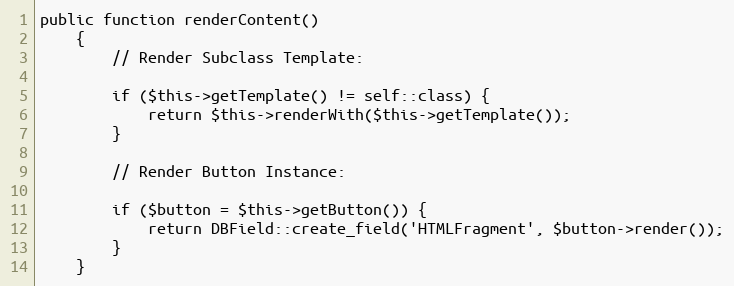
Language: PHP
public function renderContent()
    {
        // Render Subclass Template:

        if ($this->getTemplate() != self::class) {
            return $this->renderWith($this->getTemplate());
        }

        // Render Button Instance:

        if ($button = $this->getButton()) {
            return DBField::create_field('HTMLFragment', $button->render());
        }
    }